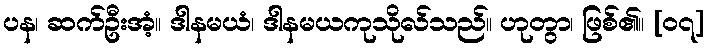
ပန၊ ဆက်ဦးအံ့။ ဒါနမယံ၊ ဒါနမယကုသိုလ်သည်။ ဟုတွာ၊ ဖြစ်၏။ [၀၇]